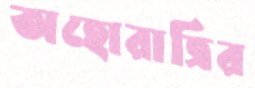
অহোরাত্রির